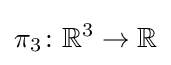
\pi _{3}\colon {\mathbb {R} }^{3}\to {\mathbb {R} }